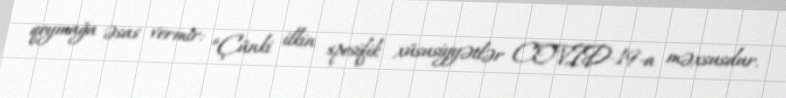
qoymağa əsas vermir: “Çünki ilkin spesifik xüsusiyyətlər COVID-19-a məxsusdur.